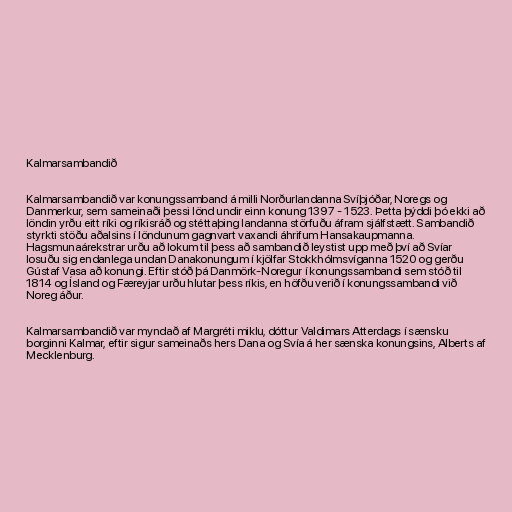
Kalmarsambandið

Kalmarsambandið var konungssamband á milli Norðurlandanna Svíþjóðar, Noregs og
Danmerkur, sem sameinaði þessi lönd undir einn konung 1397 - 1523. Þetta þýddi þó ekki að
löndin yrðu eitt ríki og ríkisráð og stéttaþing landanna störfuðu áfram sjálfstætt. Sambandið
styrkti stöðu aðalsins í löndunum gagnvart vaxandi áhrifum Hansakaupmanna.
Hagsmunaárekstrar urðu að lokum til þess að sambandið leystist upp með því að Svíar
losuðu sig endanlega undan Danakonungum í kjölfar Stokkhólmsvíganna 1520 og gerðu
Gústaf Vasa að konungi. Eftir stóð þá Danmörk-Noregur í konungssambandi sem stóð til
1814 og Ísland og Færeyjar urðu hlutar þess ríkis, en höfðu verið í konungssambandi við
Noreg áður.

Kalmarsambandið var myndað af Margréti miklu, dóttur Valdimars Atterdags í sænsku
borginni Kalmar, eftir sigur sameinaðs hers Dana og Svía á her sænska konungsins, Alberts af
Mecklenburg.